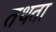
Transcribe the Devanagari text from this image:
तथता